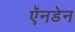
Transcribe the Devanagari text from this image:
ऍनडेन